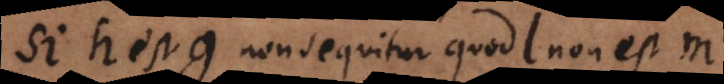
Si h est g non sequitur quod l non est m